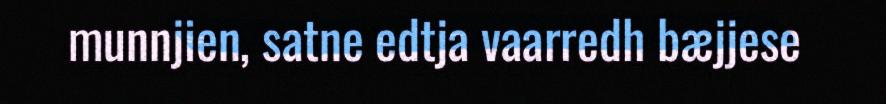
munnjien, satne edtja vaarredh bæjjese